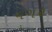
વગ૨